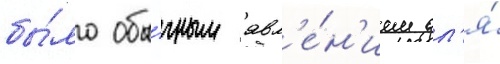
бы́ло обы́чным явл'е́н'ием дл'я́